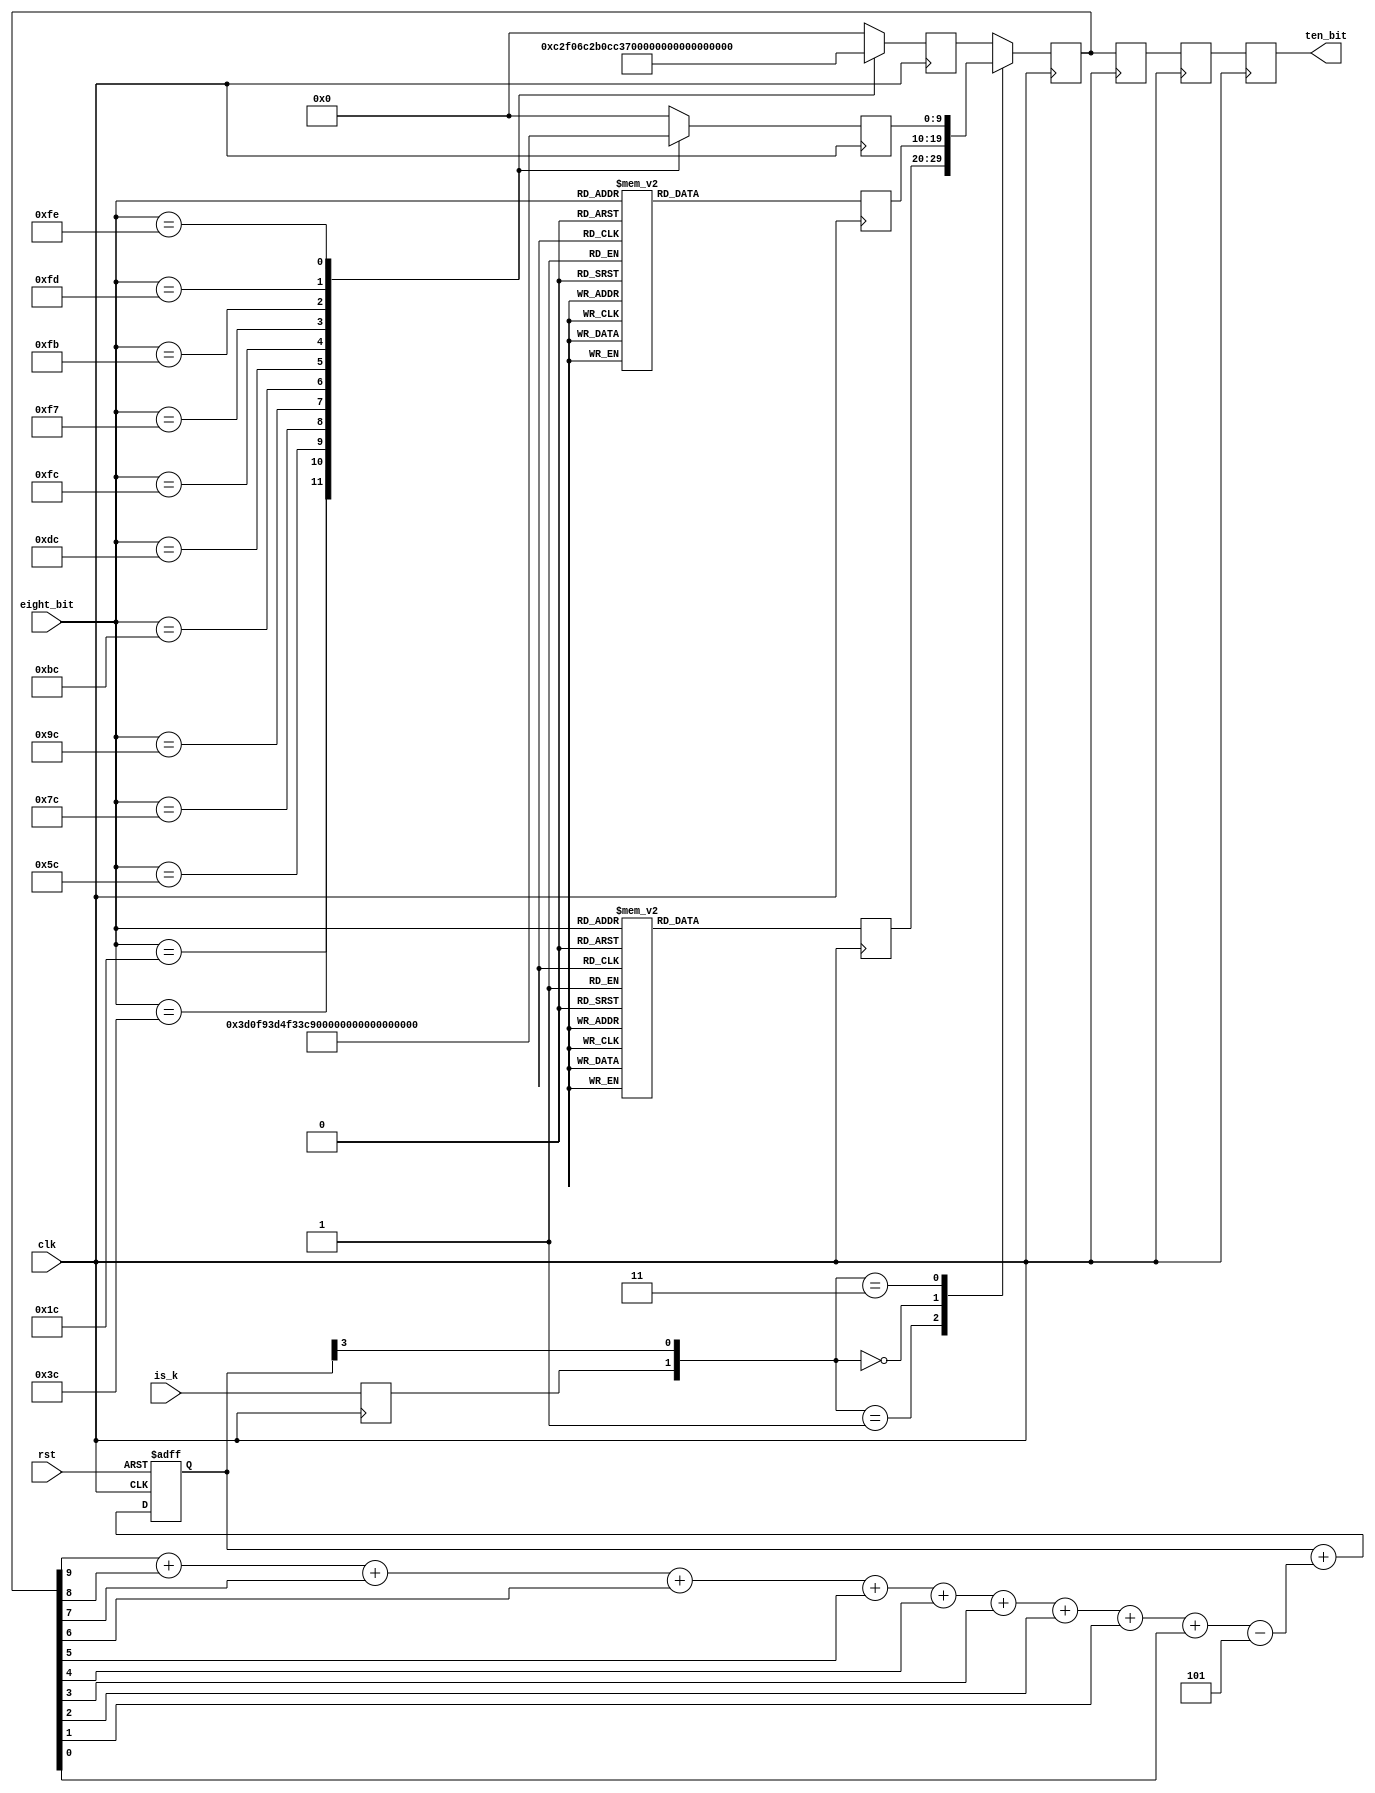
/* SPDX-License-Identifier: MIT */
/* (c) Copyright 2018 David M. Koltak, all rights reserved. */

/*
        /C/     - Configuration         - Alternating /C1/ and /C2/
        --------------------------------------------------------------------
        /C1/    - Configuration 1       - /K28.5(BC)/D21.5(B5)/Config_Rega
        /C2/    - Configuration 2       - /K28.5(BC)/D2.2(42)/Config_Rega
        
        /I/     - IDLE                  - Correcting /I1/, Preserving /I2/
        --------------------------------------------------------------------
        /I1/    - IDLE 1                - /K28.5(BC)/D5.6(C5)/
        /I2/    - IDLE 2                - /K28.5(BC)/D16.2(50)/
        
                - Encapsulation
        --------------------------------------------------------------------
        /R/     - Carrier_Extend        - /K23.7(F7)/
        /S/     - Start_of_Packet       - /K27.7(FB)/
        /T/     - End_of_Packet         - /K29.7(FD)/
        /V/     - Error_Propagation     - /K30.7(FE)/
*/

module sgmii_8b10b_encode
(
    input clk,
    input rst,
    
    input [7:0] eight_bit,
    input is_k,
    
    output [9:0] ten_bit
);

    reg is_k_d1;
    reg [9:0] ov;
    reg [9:0] dx_crd_neg;
    reg [9:0] dx_crd_pos;
    reg [9:0] kx_crd_neg;
    reg [9:0] kx_crd_pos;
    
    reg [3:0] current_rd;
    wire [3:0] bit_cnt;
    
    assign bit_cnt = {3'd0, ov[9]} + {3'd0, ov[8]} + {3'd0, ov[7]} + 
                     {3'd0, ov[6]} + {3'd0, ov[5]} + {3'd0, ov[4]} + 
                     {3'd0, ov[3]} + {3'd0, ov[2]} + {3'd0, ov[1]} + 
                     {3'd0, ov[0]};
        
    always @ (posedge clk or posedge rst)
        if (rst)
            current_rd <= 4'd0;
        else
            current_rd <= current_rd + (bit_cnt - 4'd5);

    always @ (posedge clk)
        is_k_d1 <= is_k;
        
    always @ (posedge clk)
        case ({is_k_d1, current_rd[3]})
        2'b01: ov <= dx_crd_neg;
        2'b00: ov <= dx_crd_pos;
        2'b11: ov <= kx_crd_neg;
        default: ov <= kx_crd_pos;
        endcase
        
    reg [9:0] ov_d1;
    reg [9:0] ov_d2;
    reg [9:0] ov_d3;
    
    always @ (posedge clk)
    begin
        ov_d1 <= ov;
        ov_d2 <= ov_d1;
        ov_d3 <= ov_d2;
    end
    
    assign ten_bit = ov_d3;
    
    always @ (posedge clk)
        case (eight_bit)
        8'h00: dx_crd_neg <= 10'b1001110100;
        8'h01: dx_crd_neg <= 10'b0111010100;
        8'h02: dx_crd_neg <= 10'b1011010100;
        8'h03: dx_crd_neg <= 10'b1100011011;
        8'h04: dx_crd_neg <= 10'b1101010100;
        8'h05: dx_crd_neg <= 10'b1010011011;
        8'h06: dx_crd_neg <= 10'b0110011011;
        8'h07: dx_crd_neg <= 10'b1110001011;
        8'h08: dx_crd_neg <= 10'b1110010100;
        8'h09: dx_crd_neg <= 10'b1001011011;
        8'h0A: dx_crd_neg <= 10'b0101011011;
        8'h0B: dx_crd_neg <= 10'b1101001011;
        8'h0C: dx_crd_neg <= 10'b0011011011;
        8'h0D: dx_crd_neg <= 10'b1011001011;
        8'h0E: dx_crd_neg <= 10'b0111001011;
        8'h0F: dx_crd_neg <= 10'b0101110100;
        8'h10: dx_crd_neg <= 10'b0110110100;
        8'h11: dx_crd_neg <= 10'b1000111011;
        8'h12: dx_crd_neg <= 10'b0100111011;
        8'h13: dx_crd_neg <= 10'b1100101011;
        8'h14: dx_crd_neg <= 10'b0010111011;
        8'h15: dx_crd_neg <= 10'b1010101011;
        8'h16: dx_crd_neg <= 10'b0110101011;
        8'h17: dx_crd_neg <= 10'b1110100100;
        8'h18: dx_crd_neg <= 10'b1100110100;
        8'h19: dx_crd_neg <= 10'b1001101011;
        8'h1A: dx_crd_neg <= 10'b0101101011;
        8'h1B: dx_crd_neg <= 10'b1101100100;
        8'h1C: dx_crd_neg <= 10'b0011101011;
        8'h1D: dx_crd_neg <= 10'b1011100100;
        8'h1E: dx_crd_neg <= 10'b0111100100;
        8'h1F: dx_crd_neg <= 10'b1010110100;
        8'h20: dx_crd_neg <= 10'b1001111001;
        8'h21: dx_crd_neg <= 10'b0111011001;
        8'h22: dx_crd_neg <= 10'b1011011001;
        8'h23: dx_crd_neg <= 10'b1100011001;
        8'h24: dx_crd_neg <= 10'b1101011001;
        8'h25: dx_crd_neg <= 10'b1010011001;
        8'h26: dx_crd_neg <= 10'b0110011001;
        8'h27: dx_crd_neg <= 10'b1110001001;
        8'h28: dx_crd_neg <= 10'b1110011001;
        8'h29: dx_crd_neg <= 10'b1001011001;
        8'h2A: dx_crd_neg <= 10'b0101011001;
        8'h2B: dx_crd_neg <= 10'b1101001001;
        8'h2C: dx_crd_neg <= 10'b0011011001;
        8'h2D: dx_crd_neg <= 10'b1011001001;
        8'h2E: dx_crd_neg <= 10'b0111001001;
        8'h2F: dx_crd_neg <= 10'b0101111001;
        8'h30: dx_crd_neg <= 10'b0110111001;
        8'h31: dx_crd_neg <= 10'b1000111001;
        8'h32: dx_crd_neg <= 10'b0100111001;
        8'h33: dx_crd_neg <= 10'b1100101001;
        8'h34: dx_crd_neg <= 10'b0010111001;
        8'h35: dx_crd_neg <= 10'b1010101001;
        8'h36: dx_crd_neg <= 10'b0110101001;
        8'h37: dx_crd_neg <= 10'b1110101001;
        8'h38: dx_crd_neg <= 10'b1100111001;
        8'h39: dx_crd_neg <= 10'b1001101001;
        8'h3A: dx_crd_neg <= 10'b0101101001;
        8'h3B: dx_crd_neg <= 10'b1101101001;
        8'h3C: dx_crd_neg <= 10'b0011101001;
        8'h3D: dx_crd_neg <= 10'b1011101001;
        8'h3E: dx_crd_neg <= 10'b0111101001;
        8'h3F: dx_crd_neg <= 10'b1010111001;
        8'h40: dx_crd_neg <= 10'b1001110101;
        8'h41: dx_crd_neg <= 10'b0111010101;
        8'h42: dx_crd_neg <= 10'b1011010101;
        8'h43: dx_crd_neg <= 10'b1100010101;
        8'h44: dx_crd_neg <= 10'b1101010101;
        8'h45: dx_crd_neg <= 10'b1010010101;
        8'h46: dx_crd_neg <= 10'b0110010101;
        8'h47: dx_crd_neg <= 10'b1110000101;
        8'h48: dx_crd_neg <= 10'b1110010101;
        8'h49: dx_crd_neg <= 10'b1001010101;
        8'h4A: dx_crd_neg <= 10'b0101010101;
        8'h4B: dx_crd_neg <= 10'b1101000101;
        8'h4C: dx_crd_neg <= 10'b0011010101;
        8'h4D: dx_crd_neg <= 10'b1011000101;
        8'h4E: dx_crd_neg <= 10'b0111000101;
        8'h4F: dx_crd_neg <= 10'b0101110101;
        8'h50: dx_crd_neg <= 10'b0110110101;
        8'h51: dx_crd_neg <= 10'b1000110101;
        8'h52: dx_crd_neg <= 10'b0100110101;
        8'h53: dx_crd_neg <= 10'b1100100101;
        8'h54: dx_crd_neg <= 10'b0010110101;
        8'h55: dx_crd_neg <= 10'b1010100101;
        8'h56: dx_crd_neg <= 10'b0110100101;
        8'h57: dx_crd_neg <= 10'b1110100101;
        8'h58: dx_crd_neg <= 10'b1100110101;
        8'h59: dx_crd_neg <= 10'b1001100101;
        8'h5A: dx_crd_neg <= 10'b0101100101;
        8'h5B: dx_crd_neg <= 10'b1101100101;
        8'h5C: dx_crd_neg <= 10'b0011100101;
        8'h5D: dx_crd_neg <= 10'b1011100101;
        8'h5E: dx_crd_neg <= 10'b0111100101;
        8'h5F: dx_crd_neg <= 10'b1010110101;
        8'h60: dx_crd_neg <= 10'b1001110011;
        8'h61: dx_crd_neg <= 10'b0111010011;
        8'h62: dx_crd_neg <= 10'b1011010011;
        8'h63: dx_crd_neg <= 10'b1100011100;
        8'h64: dx_crd_neg <= 10'b1101010011;
        8'h65: dx_crd_neg <= 10'b1010011100;
        8'h66: dx_crd_neg <= 10'b0110011100;
        8'h67: dx_crd_neg <= 10'b1110001100;
        8'h68: dx_crd_neg <= 10'b1110010011;
        8'h69: dx_crd_neg <= 10'b1001011100;
        8'h6A: dx_crd_neg <= 10'b0101011100;
        8'h6B: dx_crd_neg <= 10'b1101001100;
        8'h6C: dx_crd_neg <= 10'b0011011100;
        8'h6D: dx_crd_neg <= 10'b1011001100;
        8'h6E: dx_crd_neg <= 10'b0111001100;
        8'h6F: dx_crd_neg <= 10'b0101110011;
        8'h70: dx_crd_neg <= 10'b0110110011;
        8'h71: dx_crd_neg <= 10'b1000111100;
        8'h72: dx_crd_neg <= 10'b0100111100;
        8'h73: dx_crd_neg <= 10'b1100101100;
        8'h74: dx_crd_neg <= 10'b0010111100;
        8'h75: dx_crd_neg <= 10'b1010101100;
        8'h76: dx_crd_neg <= 10'b0110101100;
        8'h77: dx_crd_neg <= 10'b1110100011;
        8'h78: dx_crd_neg <= 10'b1100110011;
        8'h79: dx_crd_neg <= 10'b1001101100;
        8'h7A: dx_crd_neg <= 10'b0101101100;
        8'h7B: dx_crd_neg <= 10'b1101100011;
        8'h7C: dx_crd_neg <= 10'b0011101100;
        8'h7D: dx_crd_neg <= 10'b1011100011;
        8'h7E: dx_crd_neg <= 10'b0111100011;
        8'h7F: dx_crd_neg <= 10'b1010110011;
        8'h80: dx_crd_neg <= 10'b1001110010;
        8'h81: dx_crd_neg <= 10'b0111010010;
        8'h82: dx_crd_neg <= 10'b1011010010;
        8'h83: dx_crd_neg <= 10'b1100011101;
        8'h84: dx_crd_neg <= 10'b1101010010;
        8'h85: dx_crd_neg <= 10'b1010011101;
        8'h86: dx_crd_neg <= 10'b0110011101;
        8'h87: dx_crd_neg <= 10'b1110001101;
        8'h88: dx_crd_neg <= 10'b1110010010;
        8'h89: dx_crd_neg <= 10'b1001011101;
        8'h8A: dx_crd_neg <= 10'b0101011101;
        8'h8B: dx_crd_neg <= 10'b1101001101;
        8'h8C: dx_crd_neg <= 10'b0011011101;
        8'h8D: dx_crd_neg <= 10'b1011001101;
        8'h8E: dx_crd_neg <= 10'b0111001101;
        8'h8F: dx_crd_neg <= 10'b0101110010;
        8'h90: dx_crd_neg <= 10'b0110110010;
        8'h91: dx_crd_neg <= 10'b1000111101;
        8'h92: dx_crd_neg <= 10'b0100111101;
        8'h93: dx_crd_neg <= 10'b1100101101;
        8'h94: dx_crd_neg <= 10'b0010111101;
        8'h95: dx_crd_neg <= 10'b1010101101;
        8'h96: dx_crd_neg <= 10'b0110101101;
        8'h97: dx_crd_neg <= 10'b1110100010;
        8'h98: dx_crd_neg <= 10'b1100110010;
        8'h99: dx_crd_neg <= 10'b1001101101;
        8'h9A: dx_crd_neg <= 10'b0101101101;
        8'h9B: dx_crd_neg <= 10'b1101100010;
        8'h9C: dx_crd_neg <= 10'b0011101101;
        8'h9D: dx_crd_neg <= 10'b1011100010;
        8'h9E: dx_crd_neg <= 10'b0111100010;
        8'h9F: dx_crd_neg <= 10'b1010110010;
        8'hA0: dx_crd_neg <= 10'b1001111010;
        8'hA1: dx_crd_neg <= 10'b0111011010;
        8'hA2: dx_crd_neg <= 10'b1011011010;
        8'hA3: dx_crd_neg <= 10'b1100011010;
        8'hA4: dx_crd_neg <= 10'b1101011010;
        8'hA5: dx_crd_neg <= 10'b1010011010;
        8'hA6: dx_crd_neg <= 10'b0110011010;
        8'hA7: dx_crd_neg <= 10'b1110001010;
        8'hA8: dx_crd_neg <= 10'b1110011010;
        8'hA9: dx_crd_neg <= 10'b1001011010;
        8'hAA: dx_crd_neg <= 10'b0101011010;
        8'hAB: dx_crd_neg <= 10'b1101001010;
        8'hAC: dx_crd_neg <= 10'b0011011010;
        8'hAD: dx_crd_neg <= 10'b1011001010;
        8'hAE: dx_crd_neg <= 10'b0111001010;
        8'hAF: dx_crd_neg <= 10'b0101111010;
        8'hB0: dx_crd_neg <= 10'b0110111010;
        8'hB1: dx_crd_neg <= 10'b1000111010;
        8'hB2: dx_crd_neg <= 10'b0100111010;
        8'hB3: dx_crd_neg <= 10'b1100101010;
        8'hB4: dx_crd_neg <= 10'b0010111010;
        8'hB5: dx_crd_neg <= 10'b1010101010;
        8'hB6: dx_crd_neg <= 10'b0110101010;
        8'hB7: dx_crd_neg <= 10'b1110101010;
        8'hB8: dx_crd_neg <= 10'b1100111010;
        8'hB9: dx_crd_neg <= 10'b1001101010;
        8'hBA: dx_crd_neg <= 10'b0101101010;
        8'hBB: dx_crd_neg <= 10'b1101101010;
        8'hBC: dx_crd_neg <= 10'b0011101010;
        8'hBD: dx_crd_neg <= 10'b1011101010;
        8'hBE: dx_crd_neg <= 10'b0111101010;
        8'hBF: dx_crd_neg <= 10'b1010111010;
        8'hC0: dx_crd_neg <= 10'b1001110110;
        8'hC1: dx_crd_neg <= 10'b0111010110;
        8'hC2: dx_crd_neg <= 10'b1011010110;
        8'hC3: dx_crd_neg <= 10'b1100010110;
        8'hC4: dx_crd_neg <= 10'b1101010110;
        8'hC5: dx_crd_neg <= 10'b1010010110;
        8'hC6: dx_crd_neg <= 10'b0110010110;
        8'hC7: dx_crd_neg <= 10'b1110000110;
        8'hC8: dx_crd_neg <= 10'b1110010110;
        8'hC9: dx_crd_neg <= 10'b1001010110;
        8'hCA: dx_crd_neg <= 10'b0101010110;
        8'hCB: dx_crd_neg <= 10'b1101000110;
        8'hCC: dx_crd_neg <= 10'b0011010110;
        8'hCD: dx_crd_neg <= 10'b1011000110;
        8'hCE: dx_crd_neg <= 10'b0111000110;
        8'hCF: dx_crd_neg <= 10'b0101110110;
        8'hD0: dx_crd_neg <= 10'b0110110110;
        8'hD1: dx_crd_neg <= 10'b1000110110;
        8'hD2: dx_crd_neg <= 10'b0100110110;
        8'hD3: dx_crd_neg <= 10'b1100100110;
        8'hD4: dx_crd_neg <= 10'b0010110110;
        8'hD5: dx_crd_neg <= 10'b1010100110;
        8'hD6: dx_crd_neg <= 10'b0110100110;
        8'hD7: dx_crd_neg <= 10'b1110100110;
        8'hD8: dx_crd_neg <= 10'b1100110110;
        8'hD9: dx_crd_neg <= 10'b1001100110;
        8'hDA: dx_crd_neg <= 10'b0101100110;
        8'hDB: dx_crd_neg <= 10'b1101100110;
        8'hDC: dx_crd_neg <= 10'b0011100110;
        8'hDD: dx_crd_neg <= 10'b1011100110;
        8'hDE: dx_crd_neg <= 10'b0111100110;
        8'hDF: dx_crd_neg <= 10'b1010110110;
        8'hE0: dx_crd_neg <= 10'b1001110001;
        8'hE1: dx_crd_neg <= 10'b0111010001;
        8'hE2: dx_crd_neg <= 10'b1011010001;
        8'hE3: dx_crd_neg <= 10'b1100011110;
        8'hE4: dx_crd_neg <= 10'b1101010001;
        8'hE5: dx_crd_neg <= 10'b1010011110;
        8'hE6: dx_crd_neg <= 10'b0110011110;
        8'hE7: dx_crd_neg <= 10'b1110001110;
        8'hE8: dx_crd_neg <= 10'b1110010001;
        8'hE9: dx_crd_neg <= 10'b1001011110;
        8'hEA: dx_crd_neg <= 10'b0101011110;
        8'hEB: dx_crd_neg <= 10'b1101001110;
        8'hEC: dx_crd_neg <= 10'b0011011110;
        8'hED: dx_crd_neg <= 10'b1011001110;
        8'hEE: dx_crd_neg <= 10'b0111001110;
        8'hEF: dx_crd_neg <= 10'b0101110001;
        8'hF0: dx_crd_neg <= 10'b0110110001;
        8'hF1: dx_crd_neg <= 10'b1000110111;
        8'hF2: dx_crd_neg <= 10'b0100110111;
        8'hF3: dx_crd_neg <= 10'b1100101110;
        8'hF4: dx_crd_neg <= 10'b0010110111;
        8'hF5: dx_crd_neg <= 10'b1010101110;
        8'hF6: dx_crd_neg <= 10'b0110101110;
        8'hF7: dx_crd_neg <= 10'b1110100001;
        8'hF8: dx_crd_neg <= 10'b1100110001;
        8'hF9: dx_crd_neg <= 10'b1001101110;
        8'hFA: dx_crd_neg <= 10'b0101101110;
        8'hFB: dx_crd_neg <= 10'b1101100001;
        8'hFC: dx_crd_neg <= 10'b0011101110;
        8'hFD: dx_crd_neg <= 10'b1011100001;
        8'hFE: dx_crd_neg <= 10'b0111100001;
        default: dx_crd_neg <= 10'b1010110001;
        endcase

    always @ (posedge clk)
        case (eight_bit)
        8'h00: dx_crd_pos <= 10'b0110001011;
        8'h01: dx_crd_pos <= 10'b1000101011;
        8'h02: dx_crd_pos <= 10'b0100101011;
        8'h03: dx_crd_pos <= 10'b1100010100;
        8'h04: dx_crd_pos <= 10'b0010101011;
        8'h05: dx_crd_pos <= 10'b1010010100;
        8'h06: dx_crd_pos <= 10'b0110010100;
        8'h07: dx_crd_pos <= 10'b0001110100;
        8'h08: dx_crd_pos <= 10'b0001101011;
        8'h09: dx_crd_pos <= 10'b1001010100;
        8'h0A: dx_crd_pos <= 10'b0101010100;
        8'h0B: dx_crd_pos <= 10'b1101000100;
        8'h0C: dx_crd_pos <= 10'b0011010100;
        8'h0D: dx_crd_pos <= 10'b1011000100;
        8'h0E: dx_crd_pos <= 10'b0111000100;
        8'h0F: dx_crd_pos <= 10'b1010001011;
        8'h10: dx_crd_pos <= 10'b1001001011;
        8'h11: dx_crd_pos <= 10'b1000110100;
        8'h12: dx_crd_pos <= 10'b0100110100;
        8'h13: dx_crd_pos <= 10'b1100100100;
        8'h14: dx_crd_pos <= 10'b0010110100;
        8'h15: dx_crd_pos <= 10'b1010100100;
        8'h16: dx_crd_pos <= 10'b0110100100;
        8'h17: dx_crd_pos <= 10'b0001011011;
        8'h18: dx_crd_pos <= 10'b0011001011;
        8'h19: dx_crd_pos <= 10'b1001100100;
        8'h1A: dx_crd_pos <= 10'b0101100100;
        8'h1B: dx_crd_pos <= 10'b0010011011;
        8'h1C: dx_crd_pos <= 10'b0011100100;
        8'h1D: dx_crd_pos <= 10'b0100011011;
        8'h1E: dx_crd_pos <= 10'b1000011011;
        8'h1F: dx_crd_pos <= 10'b0101001011;
        8'h20: dx_crd_pos <= 10'b0110001001;
        8'h21: dx_crd_pos <= 10'b1000101001;
        8'h22: dx_crd_pos <= 10'b0100101001;
        8'h23: dx_crd_pos <= 10'b1100011001;
        8'h24: dx_crd_pos <= 10'b0010101001;
        8'h25: dx_crd_pos <= 10'b1010011001;
        8'h26: dx_crd_pos <= 10'b0110011001;
        8'h27: dx_crd_pos <= 10'b0001111001;
        8'h28: dx_crd_pos <= 10'b0001101001;
        8'h29: dx_crd_pos <= 10'b1001011001;
        8'h2A: dx_crd_pos <= 10'b0101011001;
        8'h2B: dx_crd_pos <= 10'b1101001001;
        8'h2C: dx_crd_pos <= 10'b0011011001;
        8'h2D: dx_crd_pos <= 10'b1011001001;
        8'h2E: dx_crd_pos <= 10'b0111001001;
        8'h2F: dx_crd_pos <= 10'b1010001001;
        8'h30: dx_crd_pos <= 10'b1001001001;
        8'h31: dx_crd_pos <= 10'b1000111001;
        8'h32: dx_crd_pos <= 10'b0100111001;
        8'h33: dx_crd_pos <= 10'b1100101001;
        8'h34: dx_crd_pos <= 10'b0010111001;
        8'h35: dx_crd_pos <= 10'b1010101001;
        8'h36: dx_crd_pos <= 10'b0110101001;
        8'h37: dx_crd_pos <= 10'b0001011001;
        8'h38: dx_crd_pos <= 10'b0011001001;
        8'h39: dx_crd_pos <= 10'b1001101001;
        8'h3A: dx_crd_pos <= 10'b0101101001;
        8'h3B: dx_crd_pos <= 10'b0010011001;
        8'h3C: dx_crd_pos <= 10'b0011101001;
        8'h3D: dx_crd_pos <= 10'b0100011001;
        8'h3E: dx_crd_pos <= 10'b1000011001;
        8'h3F: dx_crd_pos <= 10'b0101001001;
        8'h40: dx_crd_pos <= 10'b0110000101;
        8'h41: dx_crd_pos <= 10'b1000100101;
        8'h42: dx_crd_pos <= 10'b0100100101;
        8'h43: dx_crd_pos <= 10'b1100010101;
        8'h44: dx_crd_pos <= 10'b0010100101;
        8'h45: dx_crd_pos <= 10'b1010010101;
        8'h46: dx_crd_pos <= 10'b0110010101;
        8'h47: dx_crd_pos <= 10'b0001110101;
        8'h48: dx_crd_pos <= 10'b0001100101;
        8'h49: dx_crd_pos <= 10'b1001010101;
        8'h4A: dx_crd_pos <= 10'b0101010101;
        8'h4B: dx_crd_pos <= 10'b1101000101;
        8'h4C: dx_crd_pos <= 10'b0011010101;
        8'h4D: dx_crd_pos <= 10'b1011000101;
        8'h4E: dx_crd_pos <= 10'b0111000101;
        8'h4F: dx_crd_pos <= 10'b1010000101;
        8'h50: dx_crd_pos <= 10'b1001000101;
        8'h51: dx_crd_pos <= 10'b1000110101;
        8'h52: dx_crd_pos <= 10'b0100110101;
        8'h53: dx_crd_pos <= 10'b1100100101;
        8'h54: dx_crd_pos <= 10'b0010110101;
        8'h55: dx_crd_pos <= 10'b1010100101;
        8'h56: dx_crd_pos <= 10'b0110100101;
        8'h57: dx_crd_pos <= 10'b0001010101;
        8'h58: dx_crd_pos <= 10'b0011000101;
        8'h59: dx_crd_pos <= 10'b1001100101;
        8'h5A: dx_crd_pos <= 10'b0101100101;
        8'h5B: dx_crd_pos <= 10'b0010010101;
        8'h5C: dx_crd_pos <= 10'b0011100101;
        8'h5D: dx_crd_pos <= 10'b0100010101;
        8'h5E: dx_crd_pos <= 10'b1000010101;
        8'h5F: dx_crd_pos <= 10'b0101000101;
        8'h60: dx_crd_pos <= 10'b0110001100;
        8'h61: dx_crd_pos <= 10'b1000101100;
        8'h62: dx_crd_pos <= 10'b0100101100;
        8'h63: dx_crd_pos <= 10'b1100010011;
        8'h64: dx_crd_pos <= 10'b0010101100;
        8'h65: dx_crd_pos <= 10'b1010010011;
        8'h66: dx_crd_pos <= 10'b0110010011;
        8'h67: dx_crd_pos <= 10'b0001110011;
        8'h68: dx_crd_pos <= 10'b0001101100;
        8'h69: dx_crd_pos <= 10'b1001010011;
        8'h6A: dx_crd_pos <= 10'b0101010011;
        8'h6B: dx_crd_pos <= 10'b1101000011;
        8'h6C: dx_crd_pos <= 10'b0011010011;
        8'h6D: dx_crd_pos <= 10'b1011000011;
        8'h6E: dx_crd_pos <= 10'b0111000011;
        8'h6F: dx_crd_pos <= 10'b1010001100;
        8'h70: dx_crd_pos <= 10'b1001001100;
        8'h71: dx_crd_pos <= 10'b1000110011;
        8'h72: dx_crd_pos <= 10'b0100110011;
        8'h73: dx_crd_pos <= 10'b1100100011;
        8'h74: dx_crd_pos <= 10'b0010110011;
        8'h75: dx_crd_pos <= 10'b1010100011;
        8'h76: dx_crd_pos <= 10'b0110100011;
        8'h77: dx_crd_pos <= 10'b0001011100;
        8'h78: dx_crd_pos <= 10'b0011001100;
        8'h79: dx_crd_pos <= 10'b1001100011;
        8'h7A: dx_crd_pos <= 10'b0101100011;
        8'h7B: dx_crd_pos <= 10'b0010011100;
        8'h7C: dx_crd_pos <= 10'b0011100011;
        8'h7D: dx_crd_pos <= 10'b0100011100;
        8'h7E: dx_crd_pos <= 10'b1000011100;
        8'h7F: dx_crd_pos <= 10'b0101001100;
        8'h80: dx_crd_pos <= 10'b0110001101;
        8'h81: dx_crd_pos <= 10'b1000101101;
        8'h82: dx_crd_pos <= 10'b0100101101;
        8'h83: dx_crd_pos <= 10'b1100010010;
        8'h84: dx_crd_pos <= 10'b0010101101;
        8'h85: dx_crd_pos <= 10'b1010010010;
        8'h86: dx_crd_pos <= 10'b0110010010;
        8'h87: dx_crd_pos <= 10'b0001110010;
        8'h88: dx_crd_pos <= 10'b0001101101;
        8'h89: dx_crd_pos <= 10'b1001010010;
        8'h8A: dx_crd_pos <= 10'b0101010010;
        8'h8B: dx_crd_pos <= 10'b1101000010;
        8'h8C: dx_crd_pos <= 10'b0011010010;
        8'h8D: dx_crd_pos <= 10'b1011000010;
        8'h8E: dx_crd_pos <= 10'b0111000010;
        8'h8F: dx_crd_pos <= 10'b1010001101;
        8'h90: dx_crd_pos <= 10'b1001001101;
        8'h91: dx_crd_pos <= 10'b1000110010;
        8'h92: dx_crd_pos <= 10'b0100110010;
        8'h93: dx_crd_pos <= 10'b1100100010;
        8'h94: dx_crd_pos <= 10'b0010110010;
        8'h95: dx_crd_pos <= 10'b1010100010;
        8'h96: dx_crd_pos <= 10'b0110100010;
        8'h97: dx_crd_pos <= 10'b0001011101;
        8'h98: dx_crd_pos <= 10'b0011001101;
        8'h99: dx_crd_pos <= 10'b1001100010;
        8'h9A: dx_crd_pos <= 10'b0101100010;
        8'h9B: dx_crd_pos <= 10'b0010011101;
        8'h9C: dx_crd_pos <= 10'b0011100010;
        8'h9D: dx_crd_pos <= 10'b0100011101;
        8'h9E: dx_crd_pos <= 10'b1000011101;
        8'h9F: dx_crd_pos <= 10'b0101001101;
        8'hA0: dx_crd_pos <= 10'b0110001010;
        8'hA1: dx_crd_pos <= 10'b1000101010;
        8'hA2: dx_crd_pos <= 10'b0100101010;
        8'hA3: dx_crd_pos <= 10'b1100011010;
        8'hA4: dx_crd_pos <= 10'b0010101010;
        8'hA5: dx_crd_pos <= 10'b1010011010;
        8'hA6: dx_crd_pos <= 10'b0110011010;
        8'hA7: dx_crd_pos <= 10'b0001111010;
        8'hA8: dx_crd_pos <= 10'b0001101010;
        8'hA9: dx_crd_pos <= 10'b1001011010;
        8'hAA: dx_crd_pos <= 10'b0101011010;
        8'hAB: dx_crd_pos <= 10'b1101001010;
        8'hAC: dx_crd_pos <= 10'b0011011010;
        8'hAD: dx_crd_pos <= 10'b1011001010;
        8'hAE: dx_crd_pos <= 10'b0111001010;
        8'hAF: dx_crd_pos <= 10'b1010001010;
        8'hB0: dx_crd_pos <= 10'b1001001010;
        8'hB1: dx_crd_pos <= 10'b1000111010;
        8'hB2: dx_crd_pos <= 10'b0100111010;
        8'hB3: dx_crd_pos <= 10'b1100101010;
        8'hB4: dx_crd_pos <= 10'b0010111010;
        8'hB5: dx_crd_pos <= 10'b1010101010;
        8'hB6: dx_crd_pos <= 10'b0110101010;
        8'hB7: dx_crd_pos <= 10'b0001011010;
        8'hB8: dx_crd_pos <= 10'b0011001010;
        8'hB9: dx_crd_pos <= 10'b1001101010;
        8'hBA: dx_crd_pos <= 10'b0101101010;
        8'hBB: dx_crd_pos <= 10'b0010011010;
        8'hBC: dx_crd_pos <= 10'b0011101010;
        8'hBD: dx_crd_pos <= 10'b0100011010;
        8'hBE: dx_crd_pos <= 10'b1000011010;
        8'hBF: dx_crd_pos <= 10'b0101001010;
        8'hC0: dx_crd_pos <= 10'b0110000110;
        8'hC1: dx_crd_pos <= 10'b1000100110;
        8'hC2: dx_crd_pos <= 10'b0100100110;
        8'hC3: dx_crd_pos <= 10'b1100010110;
        8'hC4: dx_crd_pos <= 10'b0010100110;
        8'hC5: dx_crd_pos <= 10'b1010010110;
        8'hC6: dx_crd_pos <= 10'b0110010110;
        8'hC7: dx_crd_pos <= 10'b0001110110;
        8'hC8: dx_crd_pos <= 10'b0001100110;
        8'hC9: dx_crd_pos <= 10'b1001010110;
        8'hCA: dx_crd_pos <= 10'b0101010110;
        8'hCB: dx_crd_pos <= 10'b1101000110;
        8'hCC: dx_crd_pos <= 10'b0011010110;
        8'hCD: dx_crd_pos <= 10'b1011000110;
        8'hCE: dx_crd_pos <= 10'b0111000110;
        8'hCF: dx_crd_pos <= 10'b1010000110;
        8'hD0: dx_crd_pos <= 10'b1001000110;
        8'hD1: dx_crd_pos <= 10'b1000110110;
        8'hD2: dx_crd_pos <= 10'b0100110110;
        8'hD3: dx_crd_pos <= 10'b1100100110;
        8'hD4: dx_crd_pos <= 10'b0010110110;
        8'hD5: dx_crd_pos <= 10'b1010100110;
        8'hD6: dx_crd_pos <= 10'b0110100110;
        8'hD7: dx_crd_pos <= 10'b0001010110;
        8'hD8: dx_crd_pos <= 10'b0011000110;
        8'hD9: dx_crd_pos <= 10'b1001100110;
        8'hDA: dx_crd_pos <= 10'b0101100110;
        8'hDB: dx_crd_pos <= 10'b0010010110;
        8'hDC: dx_crd_pos <= 10'b0011100110;
        8'hDD: dx_crd_pos <= 10'b0100010110;
        8'hDE: dx_crd_pos <= 10'b1000010110;
        8'hDF: dx_crd_pos <= 10'b0101000110;
        8'hE0: dx_crd_pos <= 10'b0110001110;
        8'hE1: dx_crd_pos <= 10'b1000101110;
        8'hE2: dx_crd_pos <= 10'b0100101110;
        8'hE3: dx_crd_pos <= 10'b1100010001;
        8'hE4: dx_crd_pos <= 10'b0010101110;
        8'hE5: dx_crd_pos <= 10'b1010010001;
        8'hE6: dx_crd_pos <= 10'b0110010001;
        8'hE7: dx_crd_pos <= 10'b0001110001;
        8'hE8: dx_crd_pos <= 10'b0001101110;
        8'hE9: dx_crd_pos <= 10'b1001010001;
        8'hEA: dx_crd_pos <= 10'b0101010001;
        8'hEB: dx_crd_pos <= 10'b1101001000;
        8'hEC: dx_crd_pos <= 10'b0011010001;
        8'hED: dx_crd_pos <= 10'b1011001000;
        8'hEE: dx_crd_pos <= 10'b0111001000;
        8'hEF: dx_crd_pos <= 10'b1010001110;
        8'hF0: dx_crd_pos <= 10'b1001001110;
        8'hF1: dx_crd_pos <= 10'b1000110001;
        8'hF2: dx_crd_pos <= 10'b0100110001;
        8'hF3: dx_crd_pos <= 10'b1100100001;
        8'hF4: dx_crd_pos <= 10'b0010110001;
        8'hF5: dx_crd_pos <= 10'b1010100001;
        8'hF6: dx_crd_pos <= 10'b0110100001;
        8'hF7: dx_crd_pos <= 10'b0001011110;
        8'hF8: dx_crd_pos <= 10'b0011001110;
        8'hF9: dx_crd_pos <= 10'b1001100001;
        8'hFA: dx_crd_pos <= 10'b0101100001;
        8'hFB: dx_crd_pos <= 10'b0010011110;
        8'hFC: dx_crd_pos <= 10'b0011100001;
        8'hFD: dx_crd_pos <= 10'b0100011110;
        8'hFE: dx_crd_pos <= 10'b1000011110;
        default: dx_crd_pos <= 10'b0101001110;
        endcase

    always @ (posedge clk)
        case (eight_bit)
        8'h1C: kx_crd_neg <= 10'b0011110100;
        8'h3C: kx_crd_neg <= 10'b0011111001;
        8'h5C: kx_crd_neg <= 10'b0011110101;
        8'h7C: kx_crd_neg <= 10'b0011110011;
        8'h9C: kx_crd_neg <= 10'b0011110010;
        8'hBC: kx_crd_neg <= 10'b0011111010;
        8'hDC: kx_crd_neg <= 10'b0011110110;
        8'hFC: kx_crd_neg <= 10'b0011111000;
        8'hF7: kx_crd_neg <= 10'b1110101000;
        8'hFB: kx_crd_neg <= 10'b1101101000;
        8'hFD: kx_crd_neg <= 10'b1011101000;
        8'hFE: kx_crd_neg <= 10'b0111101000;
        default: kx_crd_neg <= 10'd0;
        endcase

    always @ (posedge clk)
        case (eight_bit)
        8'h1C: kx_crd_pos <= 10'b1100001011;
        8'h3C: kx_crd_pos <= 10'b1100000110;
        8'h5C: kx_crd_pos <= 10'b1100001010;
        8'h7C: kx_crd_pos <= 10'b1100001100;
        8'h9C: kx_crd_pos <= 10'b1100001101;
        8'hBC: kx_crd_pos <= 10'b1100000101;
        8'hDC: kx_crd_pos <= 10'b1100001001;
        8'hFC: kx_crd_pos <= 10'b1100000111;
        8'hF7: kx_crd_pos <= 10'b0001010111;
        8'hFB: kx_crd_pos <= 10'b0010010111;
        8'hFD: kx_crd_pos <= 10'b0100010111;
        8'hFE: kx_crd_pos <= 10'b1000010111;
        default: kx_crd_pos <= 10'd0;
        endcase

endmodule